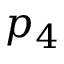
p _ { 4 }